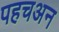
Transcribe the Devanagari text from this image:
पहचअन